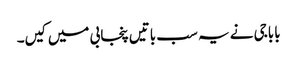
باباجی نے یہ سب باتیں پنجابی میں کیں۔